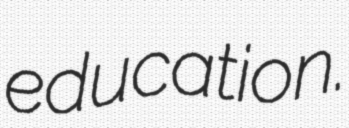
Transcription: education.